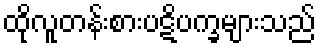
ထိုလူတန်းစားပဋိပက္ခများသည်